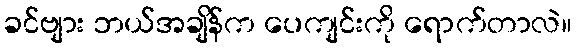
ခင်ဗျား ဘယ်အချိန်က ပေကျင်းကို ရောက်တာလဲ။